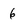
Character: 6